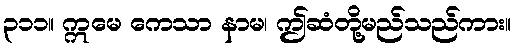
၃၁၁။ ဣမေ ကေသာ နာမ၊ ဤဆံတို့မည်သည်ကား။